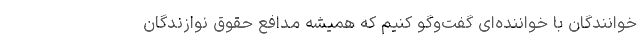
خوانندگان با خواننده‌ای گفت‌وگو کنیم که همیشه مدافع حقوق نوازندگان